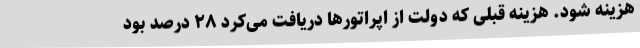
هزینه شود. هزینه قبلی که دولت از اپراتورها دریافت می‌کرد ۲۸ درصد بود